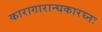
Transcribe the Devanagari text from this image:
कारागारान्धकारघ्नः